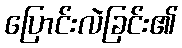
ပြောင်းလဲခြင်း၏